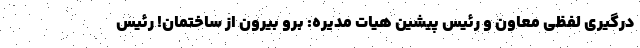
درگیری لفظی معاون و رئیس پیشین هیات مدیره: برو بیرون از ساختمان! رئیس